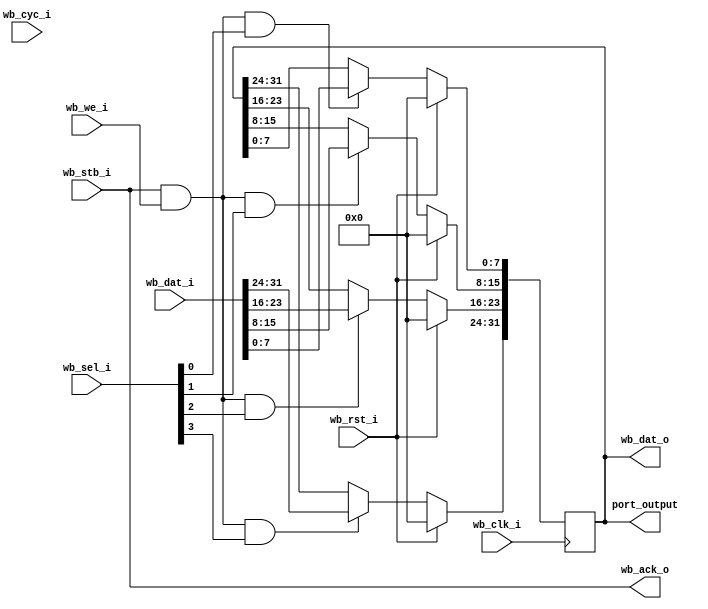


// Simple 32-bit Wishbone compatible slave output port
// with 8-bit granularity, modeled after the one in the spec
// Allows for readback
// Assumes a 32-bit wishbone bus
// Lowest order bits get sel[0]
//

module wb_output_pins32
  (wb_rst_i, wb_clk_i, wb_dat_i, wb_dat_o,
   wb_we_i, wb_sel_i, wb_stb_i, wb_ack_o, wb_cyc_i,
   port_output);

   input wb_rst_i;
   input wb_clk_i;
   input wire [31:0] wb_dat_i;
   output wire [31:0] wb_dat_o;
   input  wb_we_i;
   input  wire [3:0] 	 wb_sel_i;
   input  wb_stb_i;
   output wb_ack_o;
   input  wb_cyc_i;

   output wire [31:0] port_output;

   reg [31:0] internal_reg;

   always @(posedge wb_clk_i)
     if(wb_rst_i)
       internal_reg <= #1 32'b0;
     else
       begin
	  if(wb_stb_i & wb_we_i & wb_sel_i[0])
	    internal_reg[7:0] <= #1 wb_dat_i[7:0];
	  if(wb_stb_i & wb_we_i & wb_sel_i[1])
	    internal_reg[15:8] <= #1 wb_dat_i[15:8];
	  if(wb_stb_i & wb_we_i & wb_sel_i[2])
	    internal_reg[23:16] <= #1 wb_dat_i[23:16];
	  if(wb_stb_i & wb_we_i & wb_sel_i[3])
	    internal_reg[31:24] <= #1 wb_dat_i[31:24];
       end // else: !if(wb_rst_i)

   assign wb_dat_o = internal_reg;
   assign port_output = internal_reg;
   assign wb_ack_o = wb_stb_i;
   	     
endmodule // wb_output_pins32